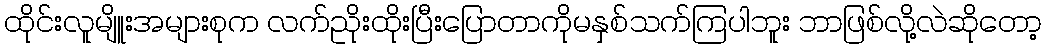
ထိုင်းလူမျိူးအများစုက လက်ညိုးထိုးပြီးပြောတာကိုမနှစ်သက်ကြပါဘူး ဘာဖြစ်လို့လဲဆိုတော့